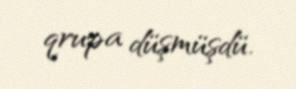
qrupa düşmüşdü.